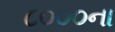
૮૦૦૦ના